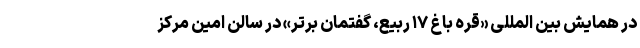
در همایش بین المللی «قره باغ ۱۷ ربیع، گفتمان برتر» در سالن امین مرکز